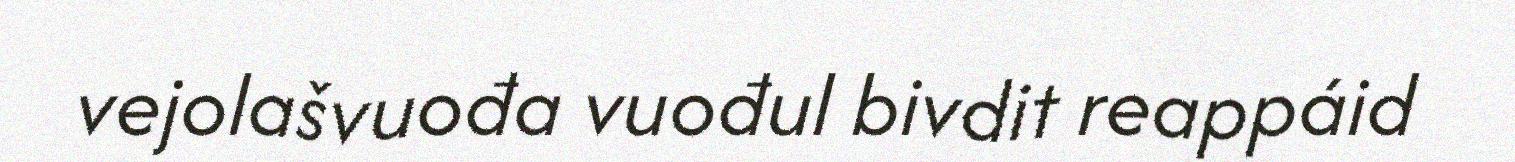
vejolašvuođa vuođul bivdit reappáid